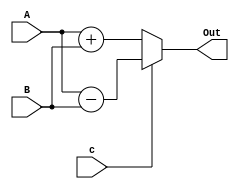
//////////////////////////////////////////////////////////////////////////////////
//  
// Design Name:	 Alu with 2 operations(sum,sub)
// Module Name:    Alu_2_Operations
// Target Devices: Spartan3E
//
//////////////////////////////////////////////////////////////////////////////////

`timescale 1ns / 1ps

module Alu_2_Operations(
	input [3:0] A,B,
	input c,
	output [3:0] Out
    );
	 
	 assign Out = c != 1 ? A+B : A-B;


endmodule